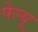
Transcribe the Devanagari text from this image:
पेल्यू